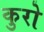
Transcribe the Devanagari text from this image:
कुरो